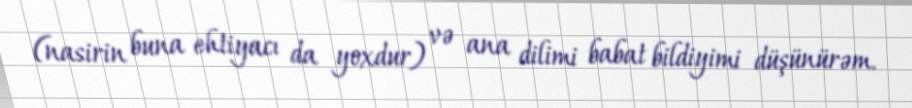
(nasirin buna ehtiyacı da yoxdur) və ana dilimi babat bildiyimi düşünürəm.